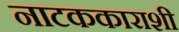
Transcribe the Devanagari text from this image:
नाटककाराशी